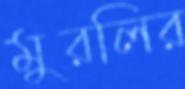
মুরলির